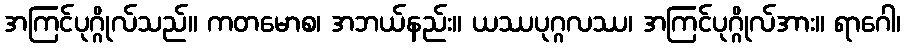
အကြင်ပုဂ္ဂိုလ်သည်။ ကတမောစ၊ အဘယ်နည်း။ ယဿပုဂ္ဂလဿ၊ အကြင်ပုဂ္ဂိုလ်အား။ ရာဂေါ၊